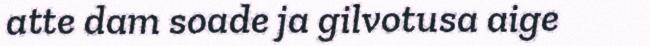
atte dam soade ja gilvotusa aige